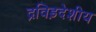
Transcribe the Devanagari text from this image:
द्रविड़देशीय